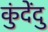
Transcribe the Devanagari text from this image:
कुंदेंदु